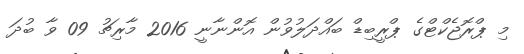
މި ޕްރޮޖެކްޓްގެ ޕްރީބިޑް ބައްދަލުވުން އޮންނާނީ 2016 މާރިޗު 09 ވާ ބުދަ